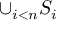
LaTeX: \cup _ { i < n } S _ { i }